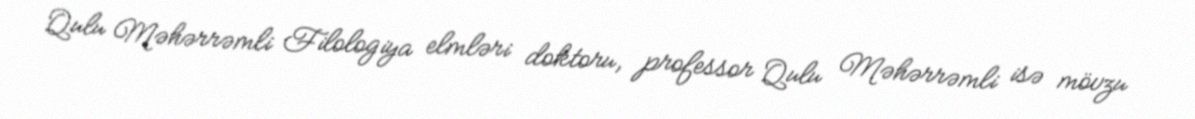
Qulu Məhərrəmli Filologiya elmləri doktoru, professor Qulu Məhərrəmli isə mövzu